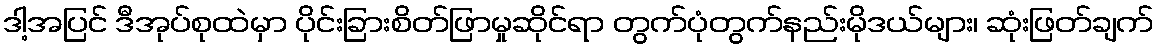
ဒါ့အပြင် ဒီအုပ်စုထဲမှာ ပိုင်းခြားစိတ်ဖြာမှုဆိုင်ရာ တွက်ပုံတွက်နည်းမိုဒယ်များ၊ ဆုံးဖြတ်ချက်